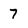
Character: 7